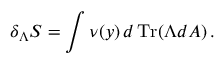
\delta _ { \Lambda } S = \int \nu ( y ) \, d \, \mathrm { T r } ( \Lambda d A ) \, .